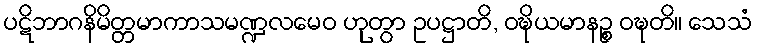
ပဋိဘာဂနိမိတ္တမာကာသမဏ္ဍလမေဝ ဟုတွာ ဥပဋ္ဌာတိ, ဝဍ္ဎိယမာနဉ္စ ဝဍ္ဎတိ။ သေသံ